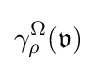
\gamma _{\rho }^{\Omega }({\mathfrak {v}})